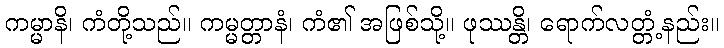
ကမ္မာနိ၊ ကံတို့သည်။ ကမ္မတ္တာနံ၊ ကံ၏ အဖြစ်သို့။ ဖုဿန္တိ၊ ရောက်လတ္တံ့နည်း။